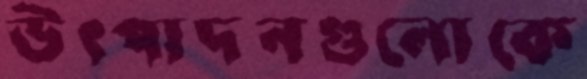
উৎপাদনগুলোকে